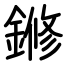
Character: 鎀